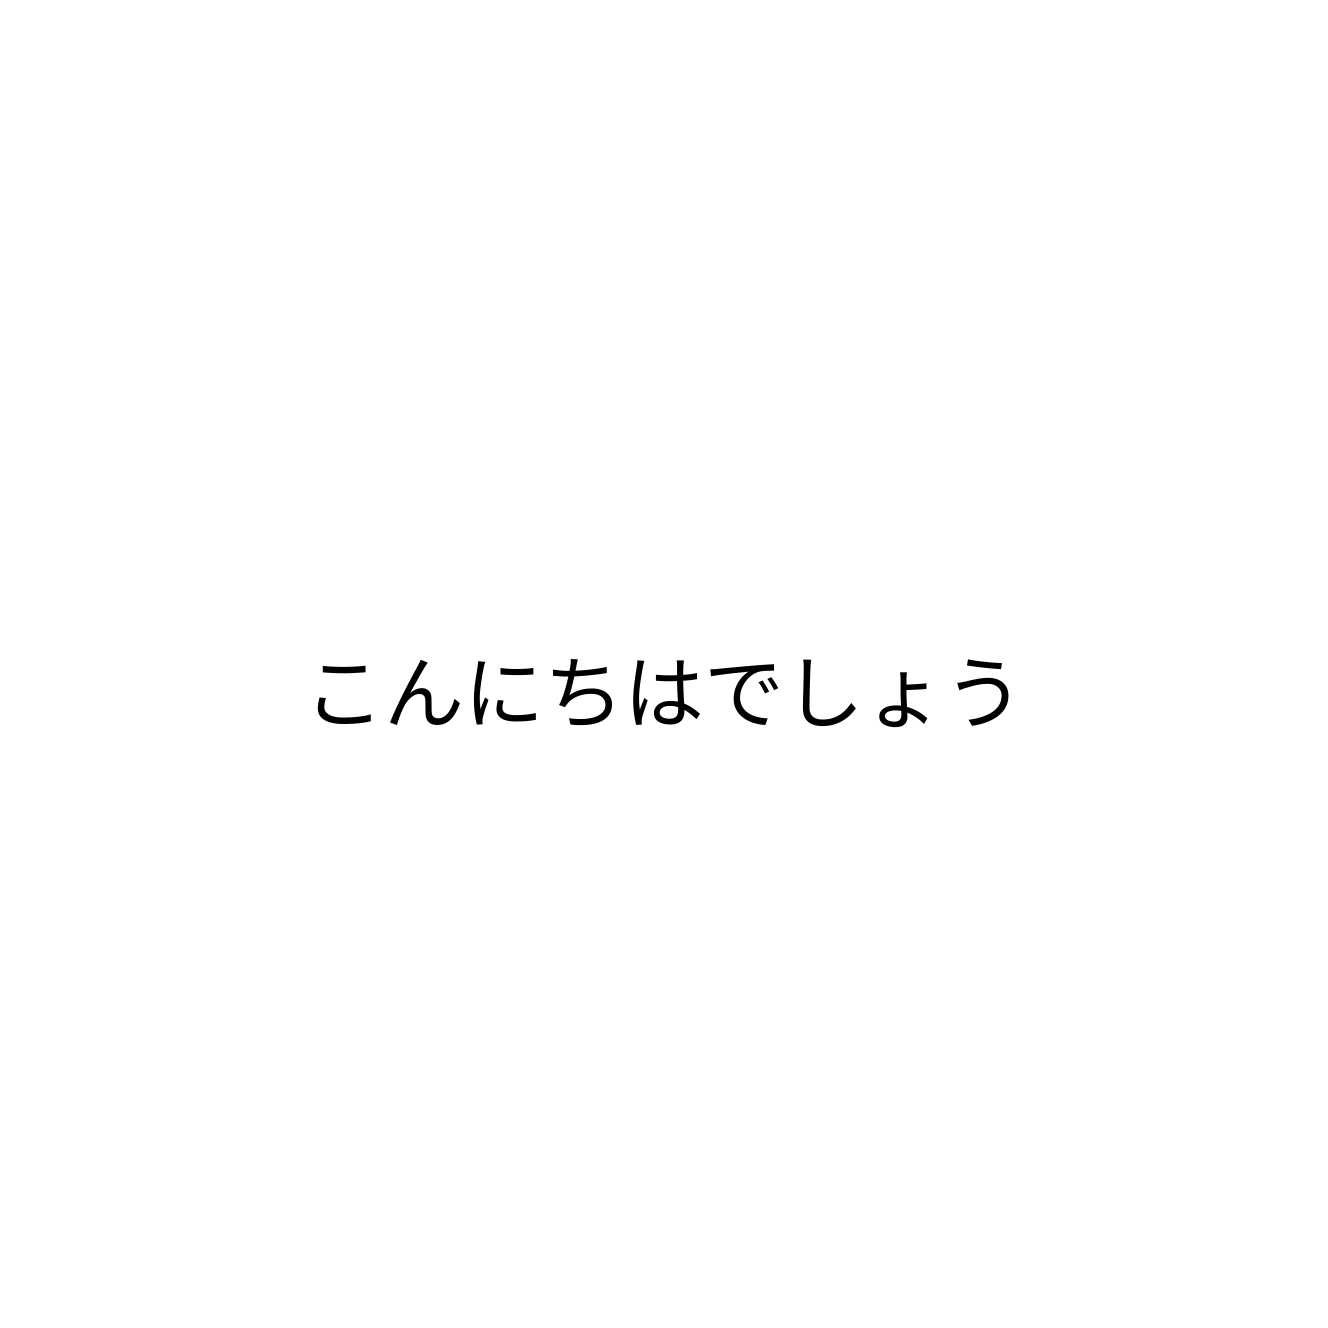
こんにちはでしょう